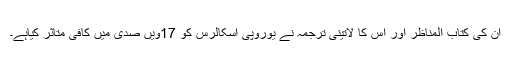
ان کی کتاب المناظر اور اس کا لاتینی ترجمہ نے یوروپی اسکالرس کو 17ویں صدی میں کافی متاثر کیاہے۔